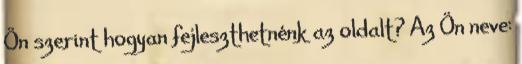
Ön szerint hogyan fejleszthetnénk az oldalt? Az Ön neve: